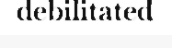
debilitated